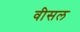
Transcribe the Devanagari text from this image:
वीसल